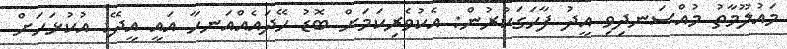
މައުލޫމާތު މުއްސަނދިވި އީދު ފާހަގަކުރުން: އެކުވެރިކަމަށް ބޮޑު ހޭދައެއްއަނހާ އައީ އީދޭ: އުކުޅަހަށް